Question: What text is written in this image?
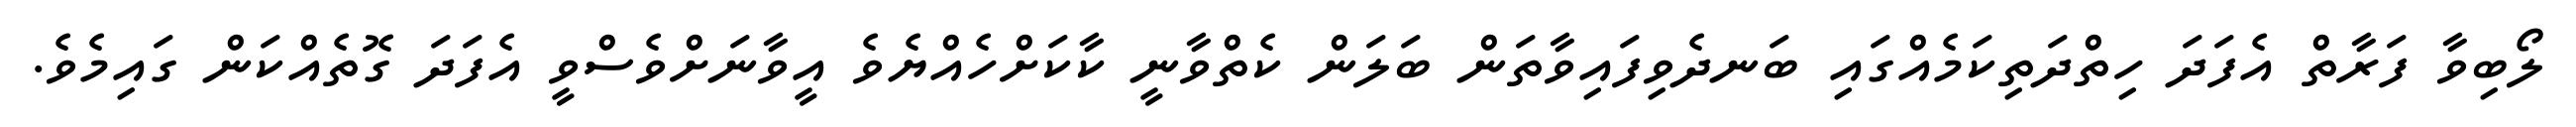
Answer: ލޯބިވާ ފަރާތް އެފަދަ ހިތްދަތިކަމެއްގައި ބަނދެވިފައިވާތަން ބަލަން ކެތްވާނީ ކާކަށްހެއްޔެވެ އީވާނަށްވެސްވީ އެފަދަ ގޮތެއްކަން ގައިމެވެ.